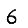
Digit: 6